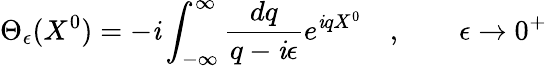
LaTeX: \Theta_{\epsilon}(X^{0})=-\mathit{i}\int_{-\infty}^{\infty}\frac{{dq}}{{q-\mathit{i}\epsilon}}e^{\mathit{i}qX^{0}}\quad,\qquad\epsilon\rightarrow0^{+}